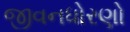
જીવનધોરણો